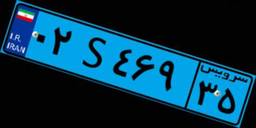
۹۲S۳۰۹۲۱